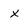
Character: X